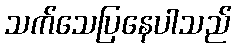
သက်သေပြနေပါသည်